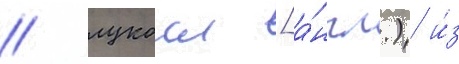
/ лукоил [а́нгл.) и́з